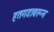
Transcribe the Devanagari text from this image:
हतगडावरून